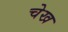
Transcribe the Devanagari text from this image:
चेख